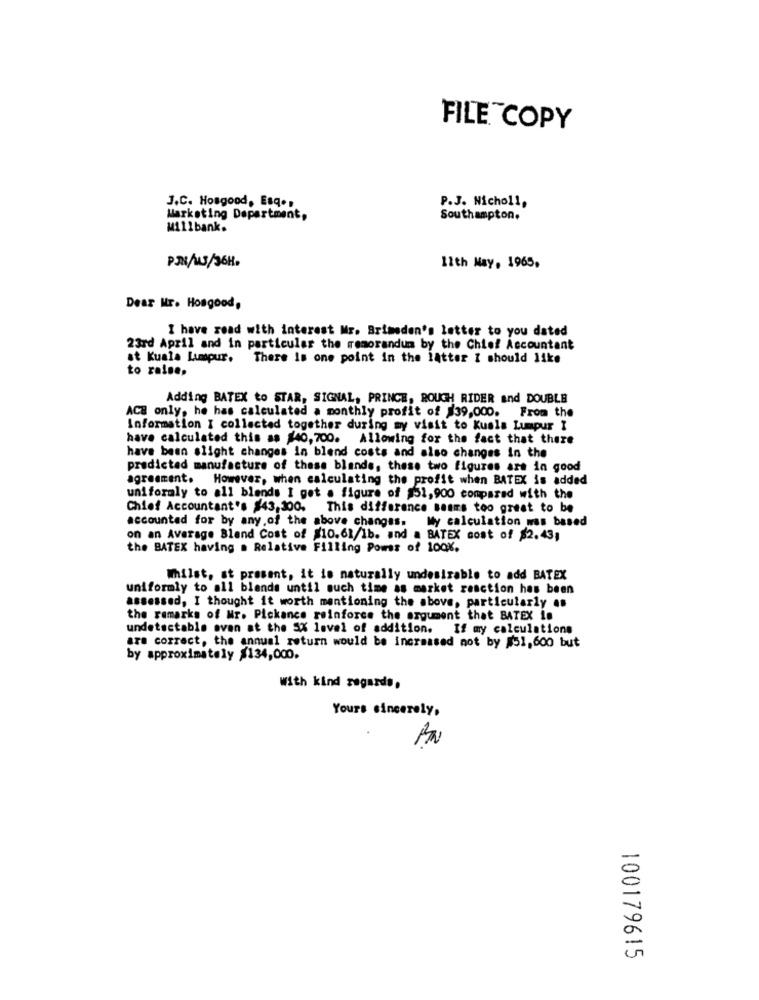
FILE COPY
J.C. Hosgood, Esq .,
P.J. Nicholl,
Marketing Department,
Southampton.
Millbank.
PJN/W3/36H.
11th May, 1965.
Dear Mr. Hosgood,
I have read with interest Mr. Brimeden's letter to you dated
23rd April and in particular the memorandum by the Chief Accountant
at Kuala Lumpur. There is one point in the latter I should like
to raise,
Adding BATEX to STAR, SIGNAL, PRINCE, ROUGH RIDER and DOUBLE
ACB only, he has calculated a monthly profit of $39,000. From the
Information I collected together during my visit to Kuala Lumpur I
have calculated this as $40, 700. Allowing for the fact that there
have been slight changes in blend costs and also changes in the
predicted manufacture of these blends, these two figures are in good
agreement. However, when calculating the profit when BATEX is added
uniformly to all blends I get . figure of $51,900 compared with the
Chief Accountant's $43,300.
This difference seums too great to be
accounted for by any,of the above changas. My calculation was based
on an Average Bland Cost of $10.61/1b. and a BATEX cost of $2.43,
the BATEX having . Relative Filling Powss of 100%.
Whilst, st prosent, it is naturally undesirable to add BATEX
uniformly to all blends until much time as market reaction has been
assessed, I thought it worth mentioning the above, particularly as
the ramarks of Mr. Pickance reinforce the argument that BATEX is
undetectable ovan at the 5% level of addition. If my calculations
are correct, the annual return would be increased not by #51,600 but
by approximately $134,000.
With kind regards.
Yours sincerely,
100179615